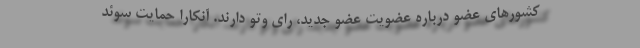
کشورهای عضو درباره عضویت عضو جدید، رای وتو دارند. آنکارا حمایت سوئد